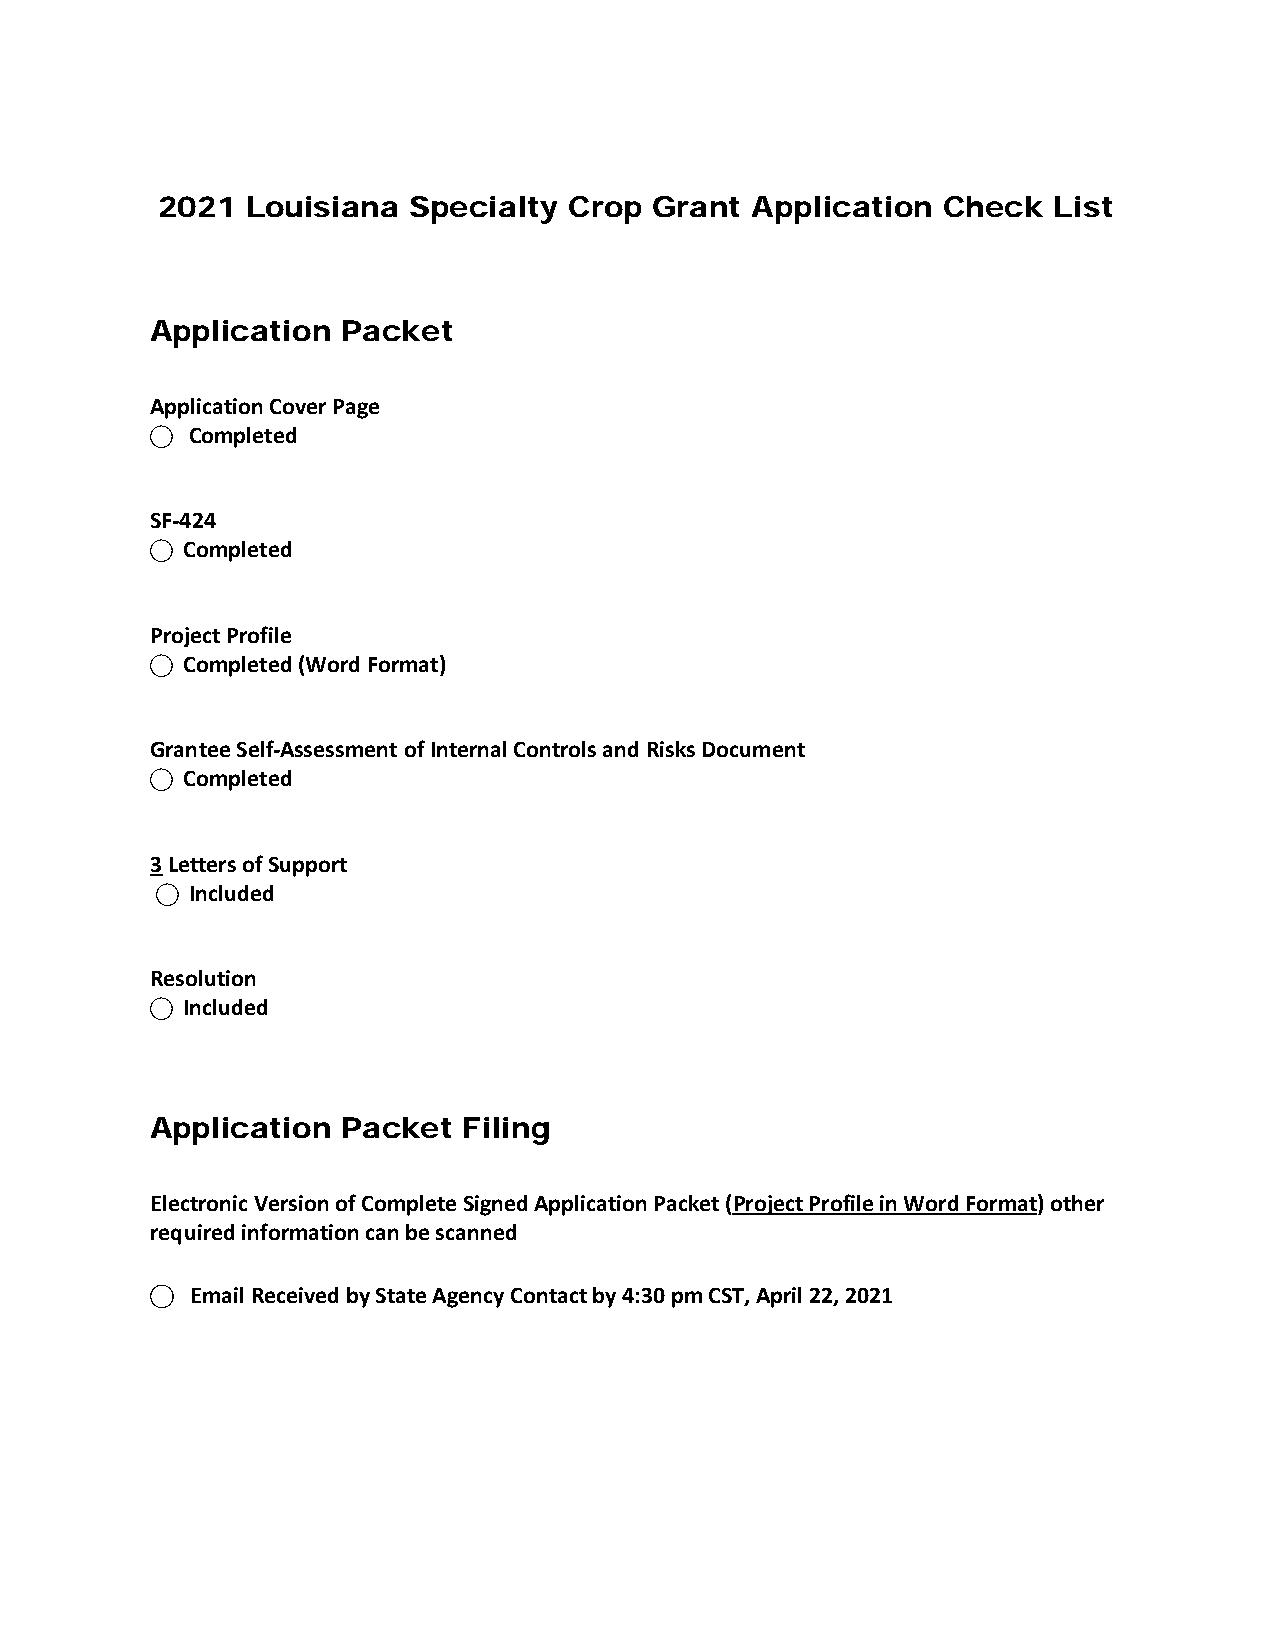
2021  Louisiana  Specialty  Crop Grant  Application Check   List
 Application  Packet
 Application Cover Page
 ⃝ Completed
 SF-424
 ⃝ Completed
 Project Profile
 ⃝ Completed (Word Format)
 Grantee Self-Assessment of Internal Controls and Risks Document
 ⃝ Completed
 3 Letters of Support
 ⃝ Included
 Resolution
 ⃝ Included
 Application  Packet  Filing
 Electronic Version of Complete Signed Application Packet (Project Profile in Word Format) other
 required information can be scanned
 ⃝  Email Received by State Agency Contact by 4:30 pm CST, April 22, 2021